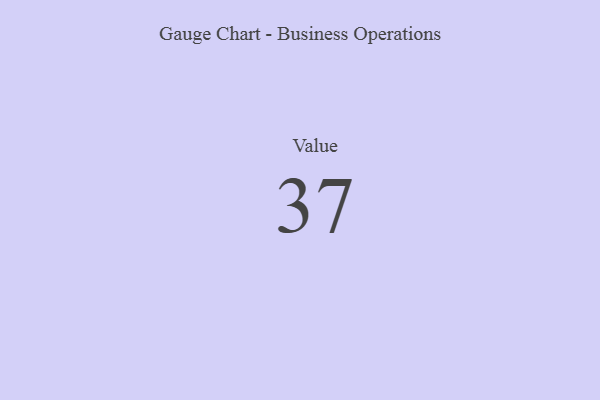
{"axis": {"x": "Metric", "y": "Value"}, "legend": [""], "data": [{"x": "Value", "y": 37, "type": ""}]}